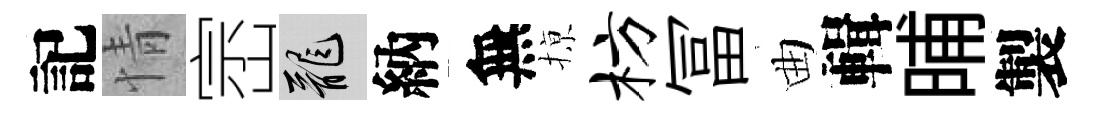
記情崈龍納無𢱊枋冨曲輯晡製